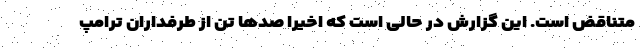
متناقض است. این گزارش در حالی است که اخیرا صد‌ها تن از طرفداران ترامپ